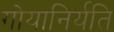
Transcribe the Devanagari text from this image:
गोयानिर्यति